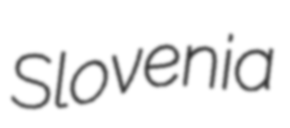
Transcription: Slovenia